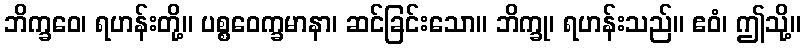
ဘိက္ခဝေ၊ ရဟန်းတို့။ ပစ္စဝေက္ခမာနာ၊ ဆင်ခြင်းသော။ ဘိက္ခု၊ ရဟန်းသည်။ ဧဝံ၊ ဤသို့။